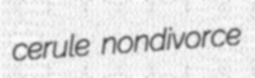
cerule nondivorce